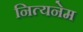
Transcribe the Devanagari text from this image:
नित्यनेम